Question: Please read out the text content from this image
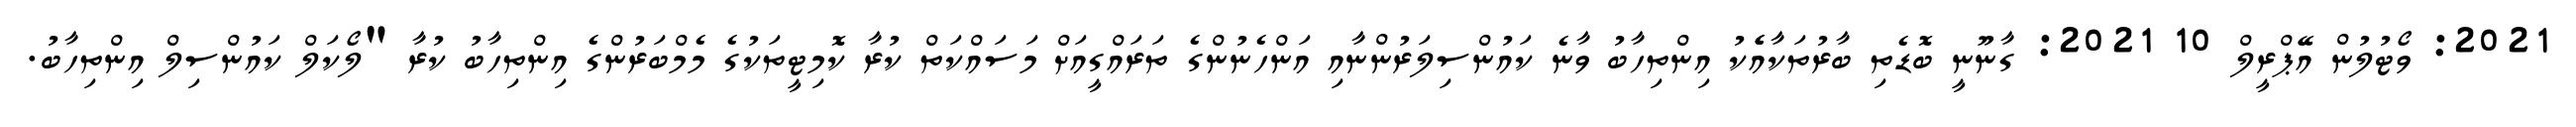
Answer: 2021: ވޯޓުލުން އޭޕްރީލް 10 2021: ގާނޫނީ ބޮޑެތި ބާރުތަކާއެެކު އިންތިހާބު ވާނެ ކައުންސިލަރުންނާއި އަންހެނުންގެ ތަރައްގީއަށް މަސައްކަތް ކުރާ ކޮމިޓީތަކުގެ މެމްބަރުންގެ އިންތިހާބު ކުރާ "ލޯކަލް ކައުންސިލް އިންތިހާބު.